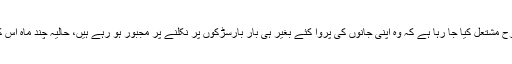
نوجوان نسل کو اس طرح مشتعل کیا جا رہا ہے کہ وہ اپنی جانوں کی پروا کئے بغیر ہی بار بارسڑکوں پر نکلنے پر مجبور ہو رہے ہیں، حالیہ چند ماہ اس کی ایک زندہ مثال ہے۔